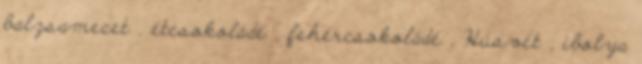
balzsamecet , étcsokoládé , fehércsokoládé , Húsvét , ibolya